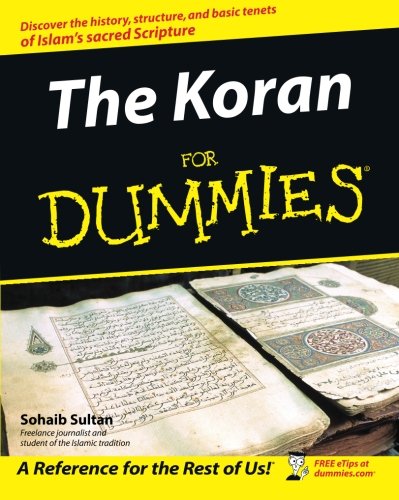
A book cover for The Koran For Dummies; Sohaib Sultan; Religion & Spirituality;